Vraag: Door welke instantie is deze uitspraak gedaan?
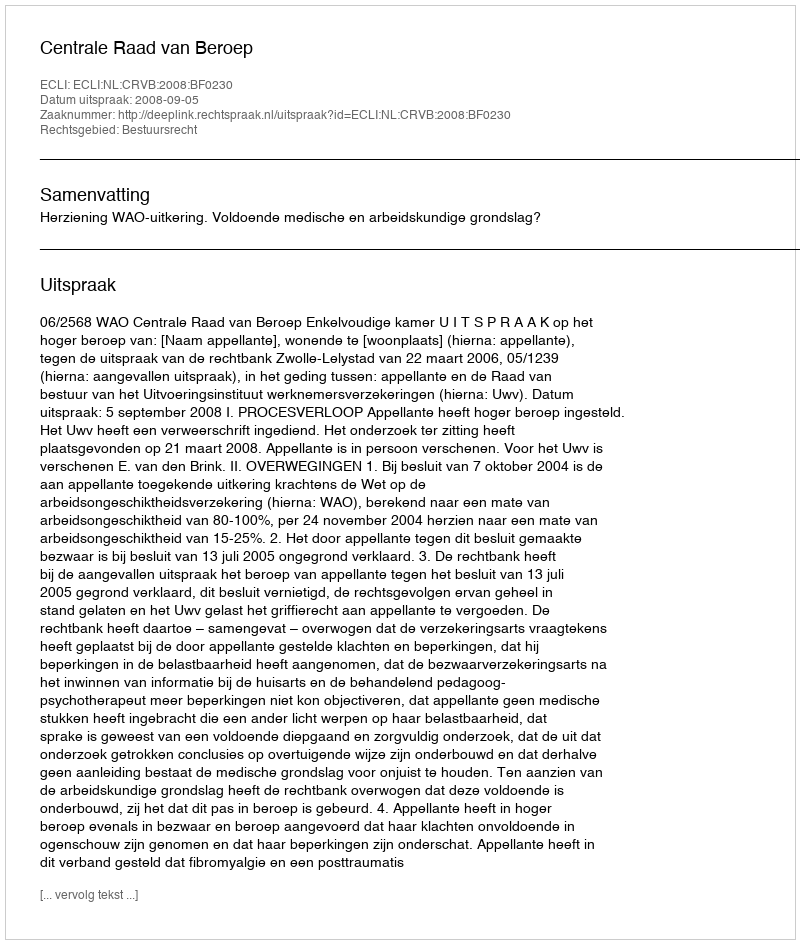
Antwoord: Centrale Raad van Beroep